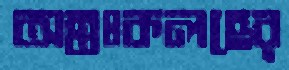
অন্তঃকলহের